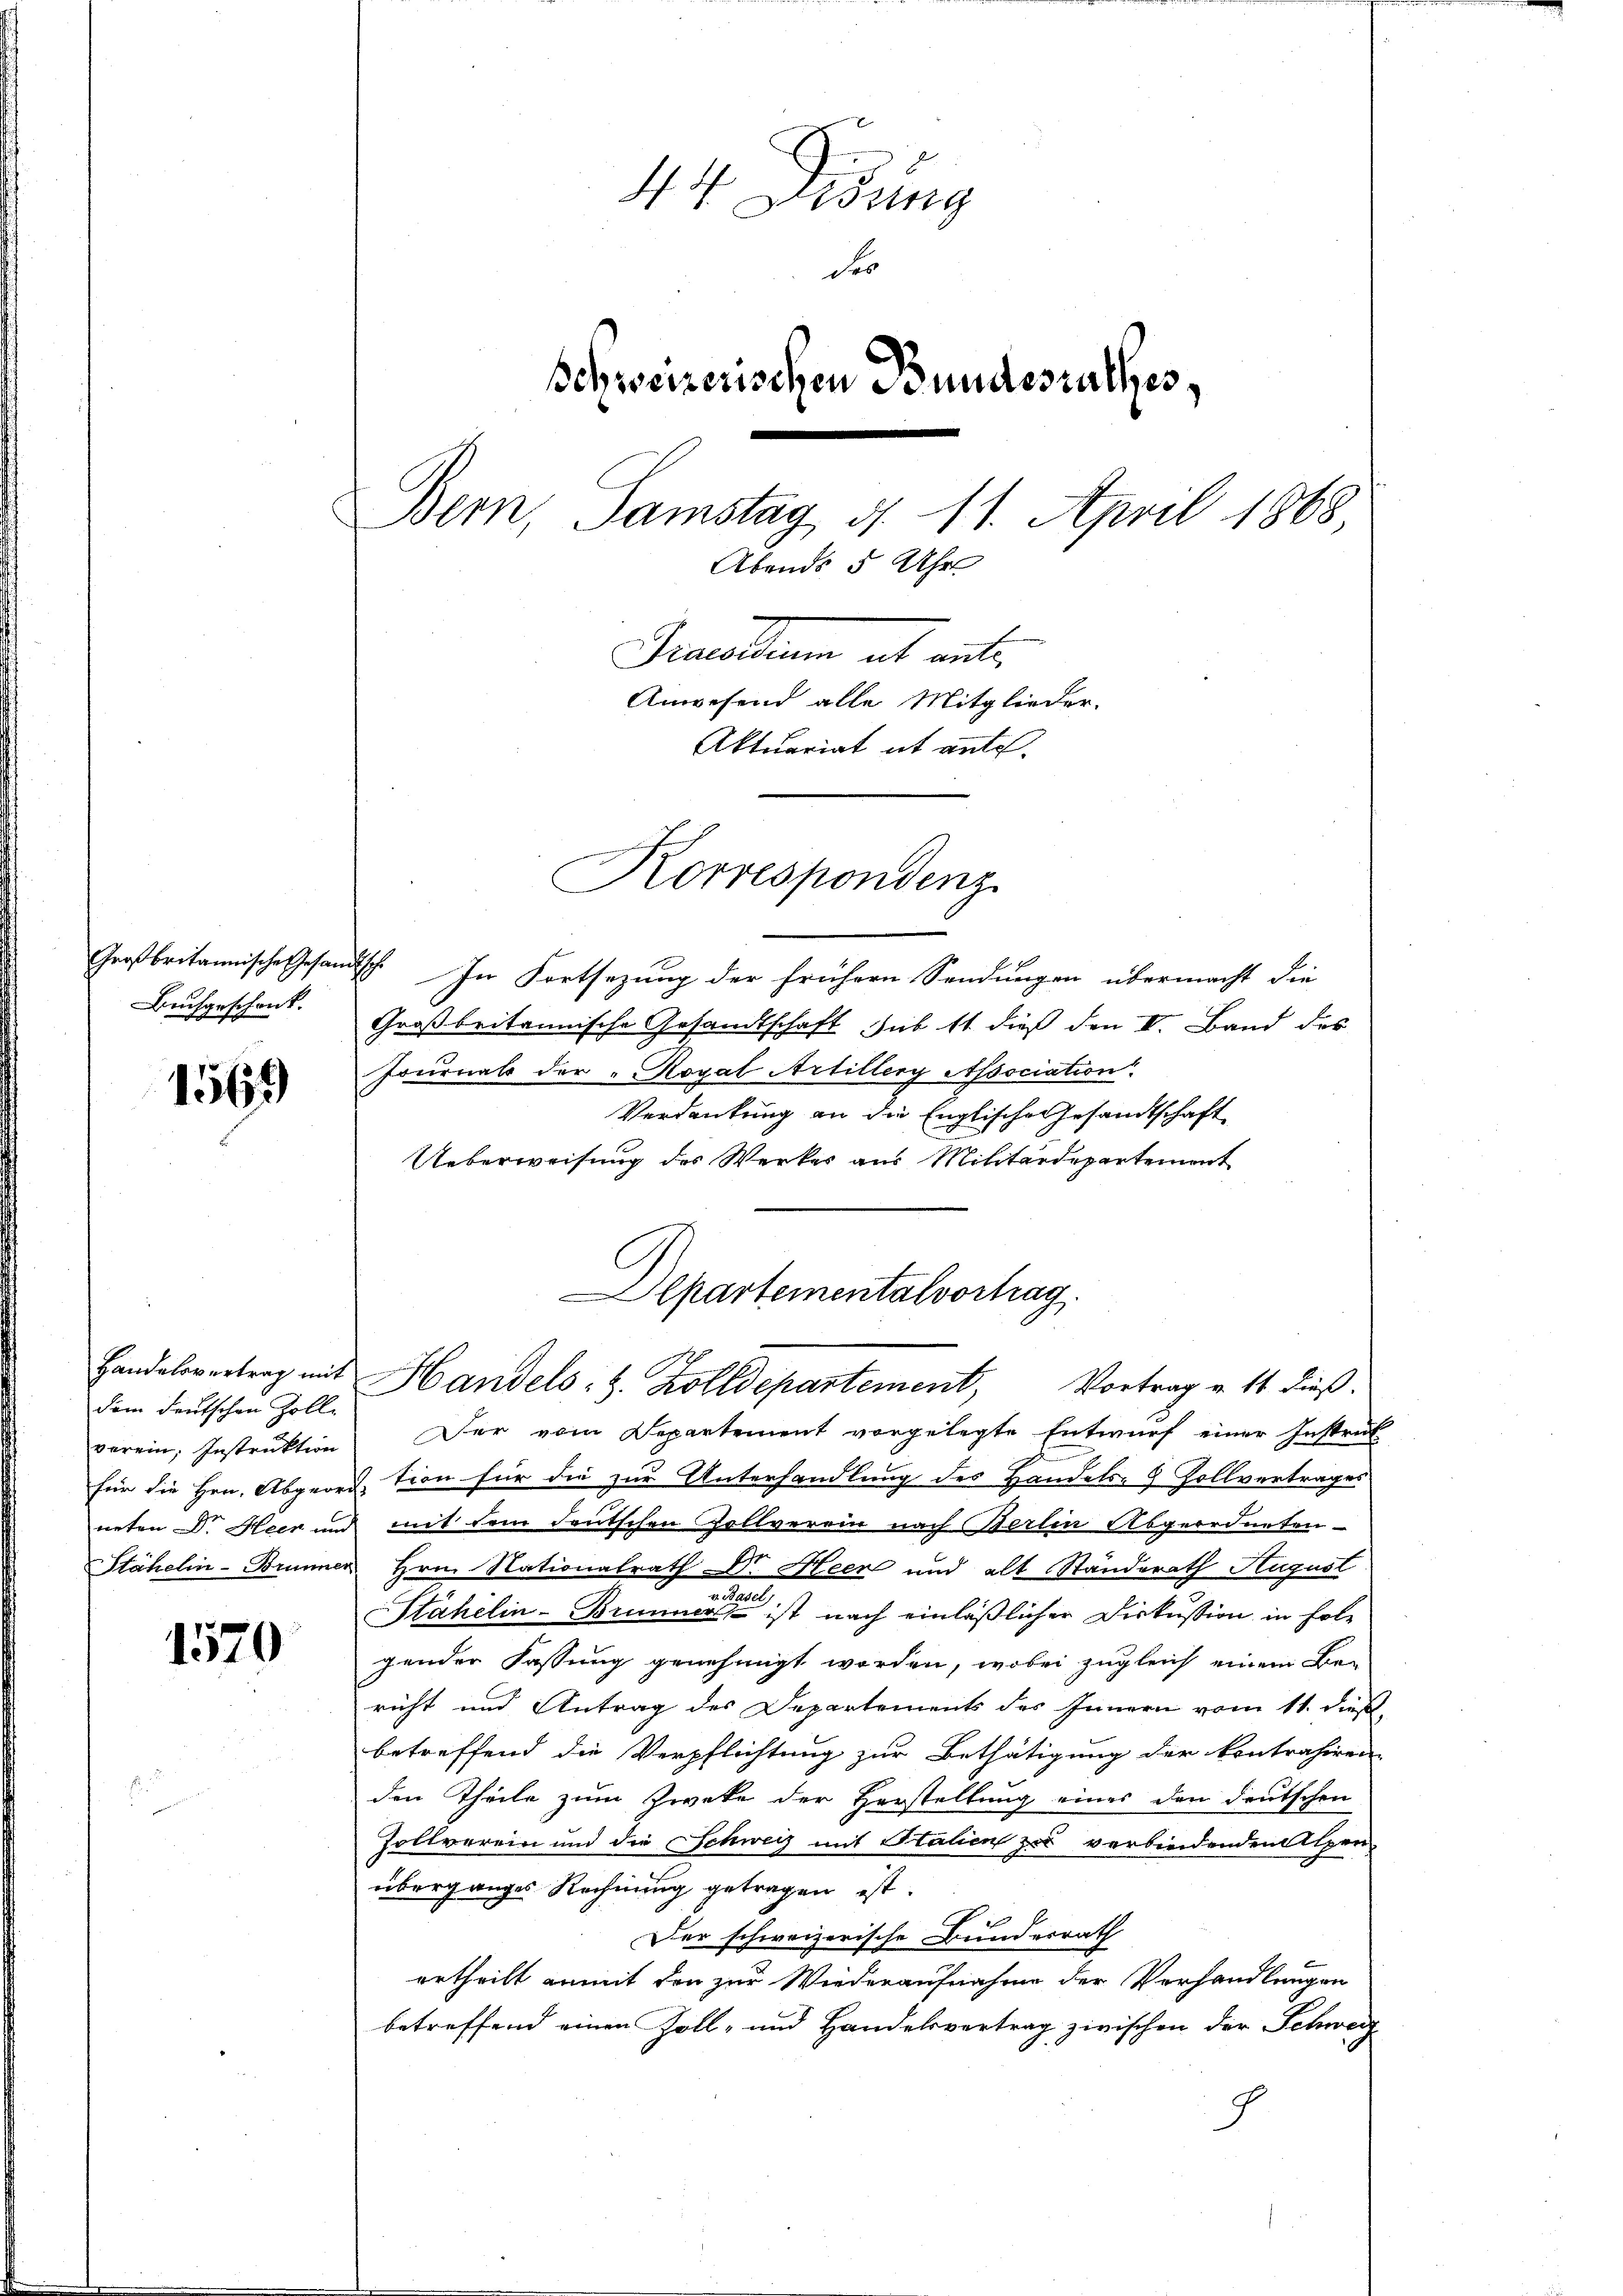
Großbritannische Gesandt
Buchgeschenk.

1563

dem deutschen Zoll-
verein, Instruktion

1570

44 Didung
des
Schweizerischen Bundesrathes,
Bern, Samstag d. 11. April 1868
Abends 5 Uhr
Gewalten ab mit¬
Anwesend alle Mitglieder.
Aktuariat it ante.
Korrespondenz

Ich. In Fortsezung der frühern Sendungen übermacht die
Großbritannische Gesandtschaft sub 11. dieß den II. Band des
Journals der u. Royal Artillery Association
Verdankung an die Englische Gesandtschaft
Ueberweisung des Werkes aus Militärdepartement

partementalvortrag.
Handelsvertrag mit Handels : 3. Zolldepartement, Vortrag v. 14 dieß

Der vom Departement vorgelegte Entwurf einer Instruk
für die Hrn. Abgeord, tion für die zur Unterhandlung des Handels- 9 Zollvertrages
neten Dr. Heer und mit dem deutschen Zollverein nach Berlin Abgeordneten
Stähelin-Brunnen Hrn. Nationalrath Dr. Heer und alt Standerath Hagust
n
Stahelin-Brunner ist nach einläßlicher Diskussion in hole
gender Fassung genehmigt worden, wobei zugleich einem Bericht und Antrag des Departements des Innern vom 11. dieß
betreffend die Verpflichtung zur Bethätigung der kontrahiren
den Theile zum Zweke der Herstellung eines den deutschen
Zollverein und die Schweiz mit Stalien zu verbindenden Alpen-
überganges Rechnung getragen ist.
Der schweizerische Bunderrath
ertheilt anmit den zur Wiederaufnahme der Verhandlungen
betreffend einen Zoll- und Handelsvertrag zwischen der Schweiz
F